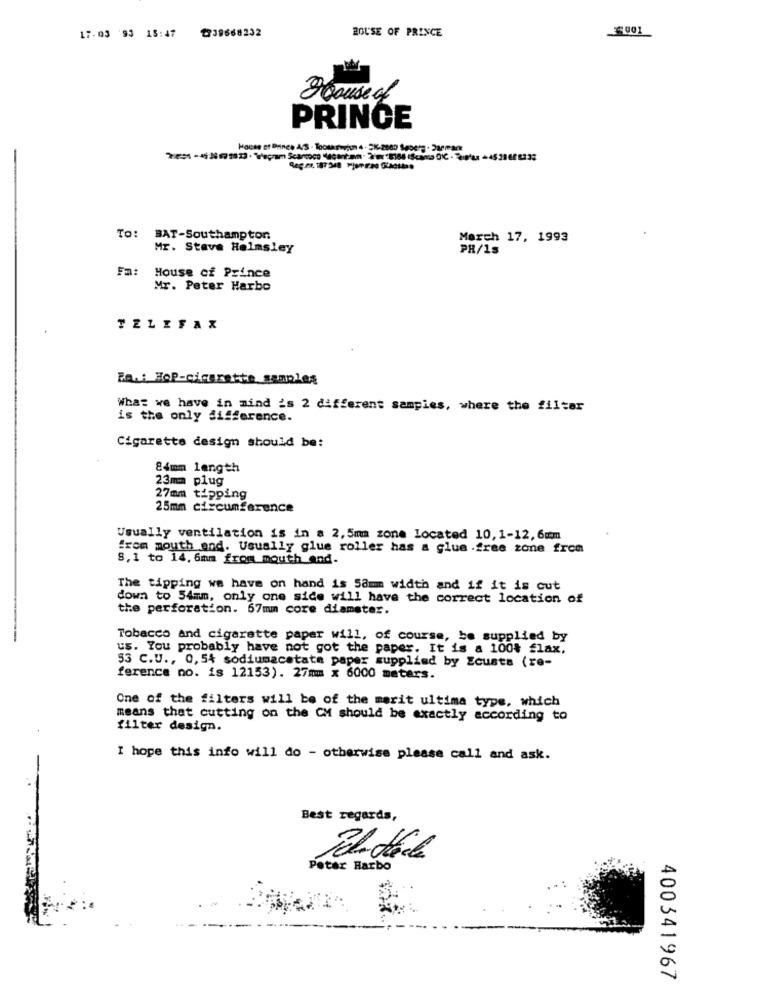
ZOUSE OF PRINCE
17.03 '93 15:47
1339668232
House of
PRINCE
To:
BAT-Southampton
March 17, 1993
Mr. Stave Helmsley
PH/1s
Fm: House of Prince
Mr. Peter Harbo
TELEFAX
Fou: Hop-cigarette samples
What we have in mind is 2 different sampies, where the filter
is the only difference.
Cigarette design should be:
84mm length
23mm plug
27mm tipping
25mm circumference
Usually ventilation is in a 2,5mm zone located 10, 1-12, 6mm
from mouth and. Usually glue roller has a glue .free zone from
8,1 to 14. 6mm from mouth and.
The tipping we have on hand is 5amm width and if it is cut
down to 54mm, only one side will have the correct location of
the perforation. 67mm core diameter.
Tobacco and cigarette paper will, of course, be supplied by
us. You probably have not got the paper. It is a 100% flax,
53 C.U ., 0,54 sodiumacetate paper supplied by Ecusta (re-
ference no. is 12153). 27mmmm x 6000 meters.
One of the filters will be of the merit ultima type, which
means that cutting on the CM should be exactly according to
filter design.
I hope this info will do - otherwise please call and ask.
Best regards,
Peter Harbo
400341967